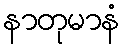
နာတုမာနံ